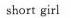
short girl